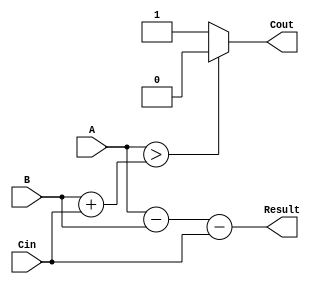
module subtractor(input [3:0] A, B,
                    input Cin,
                    output [3:0] Result,
                    output Cout);

    wire [3:0] intermediate_result;
    
    assign intermediate_result = A - B - Cin;
    
    assign Result = intermediate_result;
    
    assign Cout = (A > B + Cin) ? 0 : 1;
    
endmodule